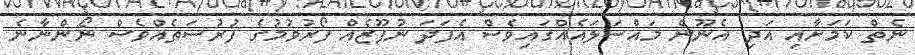
ނެތް ކަމަށާއި އަދި އެނޫން މައްސަލައެއްގައިވެސް އެފަދަ ނުފޫޒެއް ފޯރުވުމުގެ ފުރުސަތެއްވެސް ނޯންނާނެ